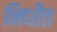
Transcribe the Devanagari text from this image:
निधीत